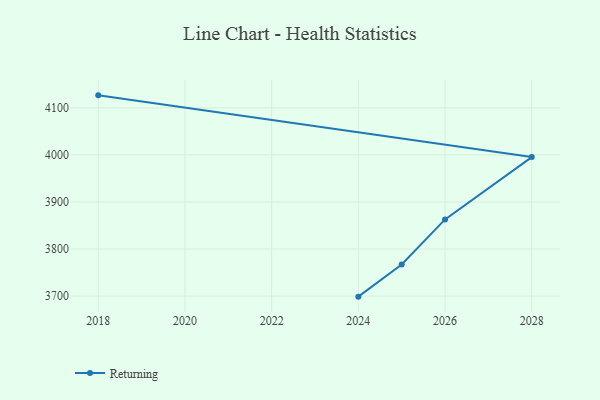
{"axis": {"x": "Year", "y": "Waste Production (Tons)"}, "legend": ["Returning"], "data": [{"x": "2018", "y": 4126.6, "type": "Returning"}, {"x": "2028", "y": 3995.4, "type": "Returning"}, {"x": "2026", "y": 3862.9, "type": "Returning"}, {"x": "2025", "y": 3767.0, "type": "Returning"}, {"x": "2024", "y": 3698.8, "type": "Returning"}]}